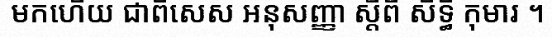
មកហើយ ជាពិសេស អនុសញ្ញា ស្តីពី សិទ្ធិ កុមារ ។